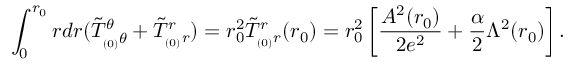
\int _ { 0 } ^ { r _ { 0 } } r d r ( \tilde { T } _ { _ { ( 0 ) } \theta } ^ { \theta } + \tilde { T } _ { _ { ( 0 ) } r } ^ { r } ) = r _ { 0 } ^ { 2 } \tilde { T } _ { _ { ( 0 ) } r } ^ { r } ( r _ { 0 } ) = r _ { 0 } ^ { 2 } \left[ \frac { A ^ { 2 } ( r _ { 0 } ) } { 2 e ^ { 2 } } + \frac { \alpha } { 2 } \Lambda ^ { 2 } ( r _ { 0 } ) \right] .